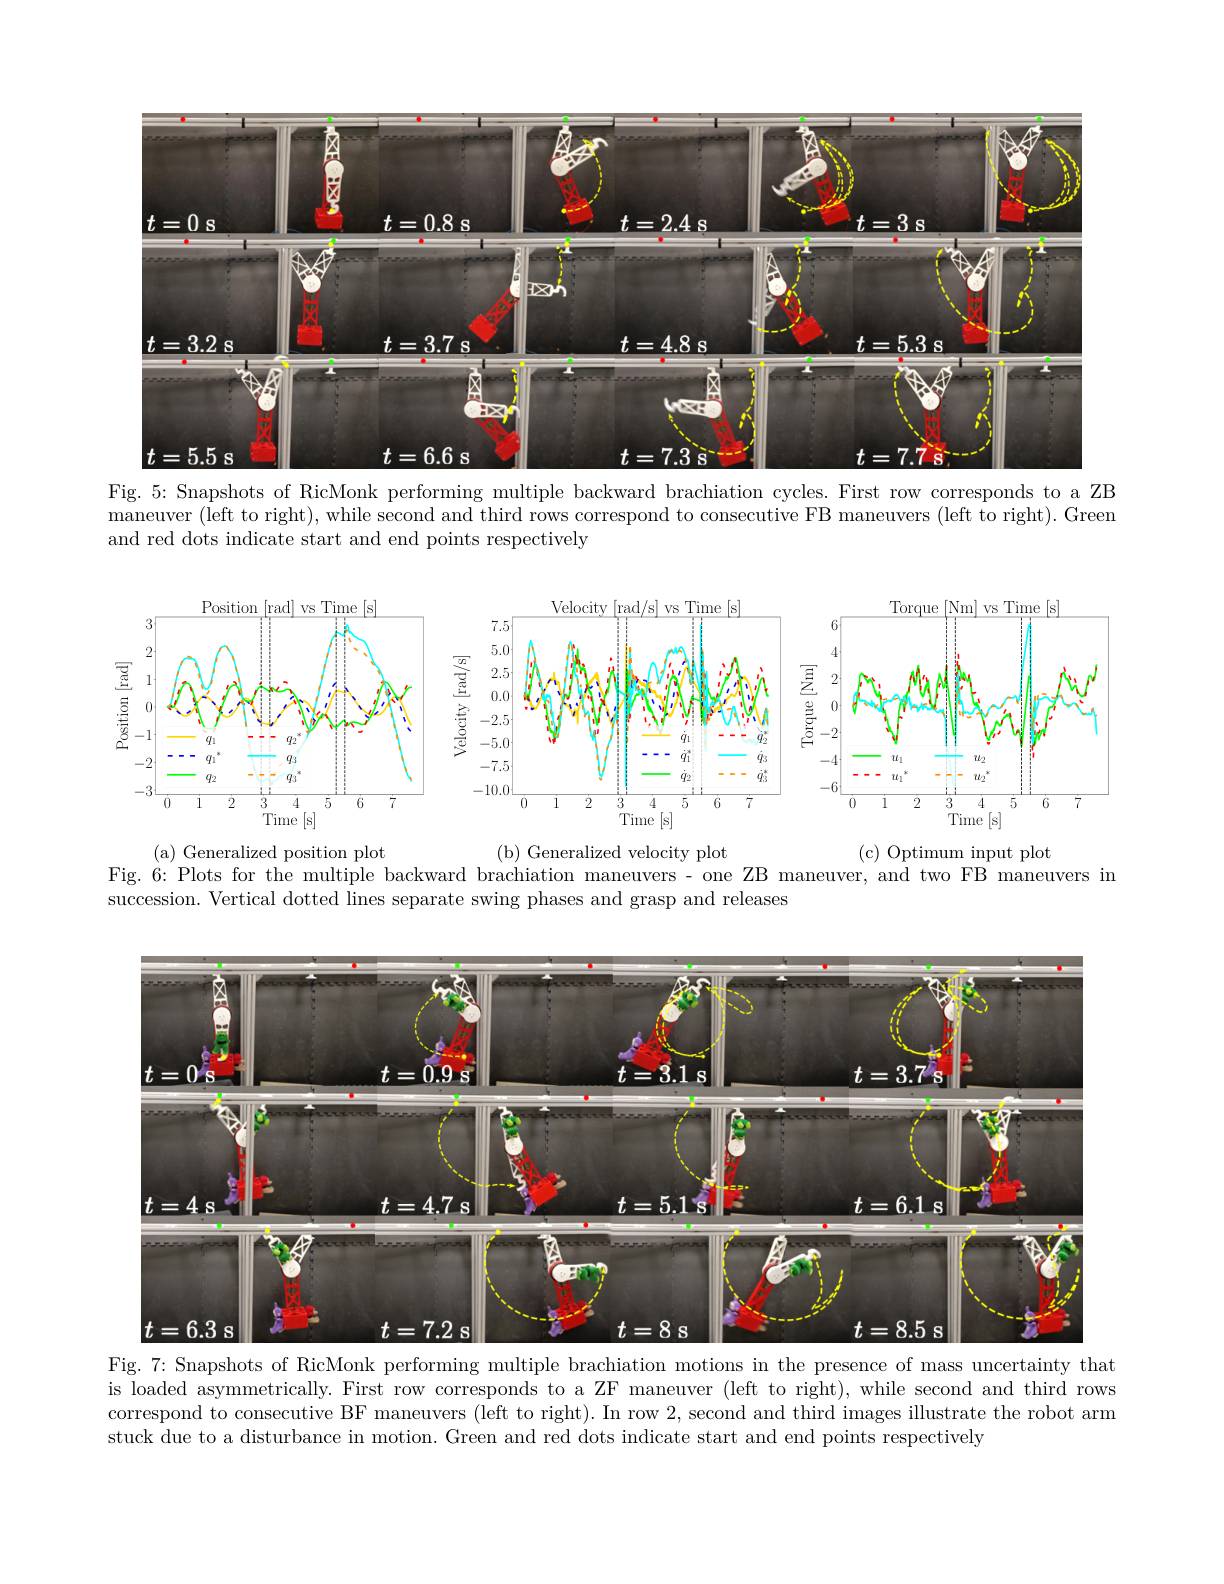
<FigureHere>

Fig. 5: Snapshots of RicMonk performing multiple backward brachiation cycles. First row corresponds to a ZB maneuver (left to right), while second and third rows correspond to consecutive FB maneuvers (left to right). Green and red dots indicate start and end points respectively

<FigureHere>

( a) Generalized position plot
( b) Generalized velocity plot
( c) Optimum input plot
Fig. 6: Plots for the multiple backward brachiation maneuvers- one ZB maneuver, and two FB maneuvers in
succession. Vertical dotted lines separate swing phases and grasp and releases

<FigureHere>
Fig. 7: Snapshots of RicMonk performing multiple brachiation motions in the presence of mass uncertainty that

is loaded asymmetrically. First row corresponds to a ZF maneuver (left to right), while second and third rows correspond to consecutive BF maneuvers (left to right). In row 2, second and third images illustrate the robot arm stuck due to a disturbance in motion. Green and red dots indicate start and end points respectively